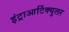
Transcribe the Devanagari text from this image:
इंट्राआर्टिक्युलर